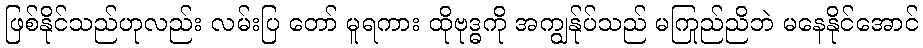
ဖြစ်နိုင်သည်ဟုလည်း လမ်းပြ တော် မူရကား ထိုဗုဒ္ဓကို အကျွန်ုပ်သည် မကြည်ညိုဘဲ မနေနိုင်အောင်